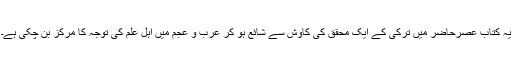
یہ کتاب عصرِحاضر میں ترکی کے ایک محقق کی کاوش سے شائع ہو کر عرب و عجم میں اہلِ علم کی توجہ کا مرکز بن چکی ہے۔